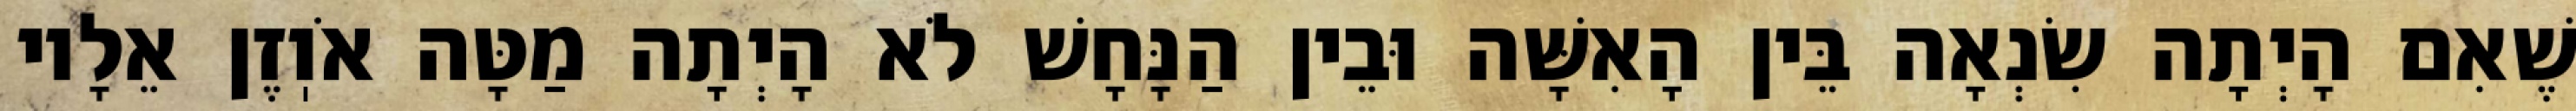
שֶׁאִם הָיְתָה שִׂנְאָה בֵּין הָאִשָּׁה וּבֵין הַנָּחָשׁ לֹא הָיְתָה מַטָּה אֹוֽזֶן אֵלָיו